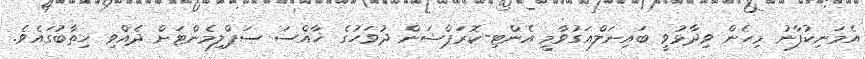
އެމަނިކުފާނު މިހެން ވިދާޅުވީ ބައިނަލްއަގުވާމީ އެންޓި-ކޮރަޕްޝަން ދުވަހުގެ ޚާއްސަ ސަޕްލިމެންޓަށް ދެއްވި ޚިތާބުގައެވެ.